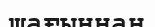
шағыннан